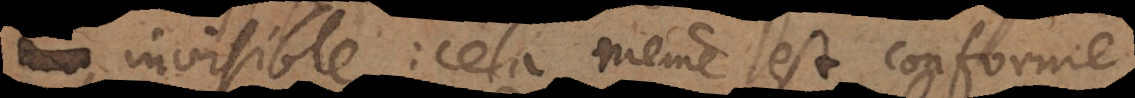
invisible: cela même est conforme